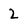
Character: 2